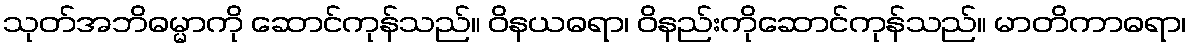
သုတ်အဘိဓမ္မာကို ဆောင်ကုန်သည်။ ဝိနယဓရာ၊ ဝိနည်းကိုဆောင်ကုန်သည်။ မာတိကာဓရာ၊